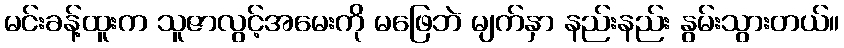
မင်းခန့်ထူးက သူဇာလွင့်အမေးကို မဖြေဘဲ မျက်နှာ နည်းနည်း နွမ်းသွားတယ်။